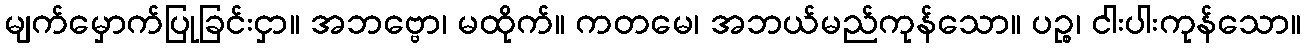
မျက်မှောက်ပြုခြင်းငှာ။ အဘဗ္ဗော၊ မထိုက်။ ကတမေ၊ အဘယ်မည်ကုန်သော။ ပဉ္စ၊ ငါးပါးကုန်သော။